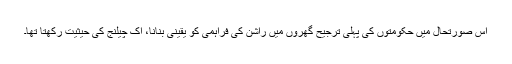
اس صورتحال میں حکومتوں کی پہلی ترجیح گھروں میں راشن کی فراہمی کو یقینی بنانا، اک چیلنج کی حیثیت رکھتا تھا۔